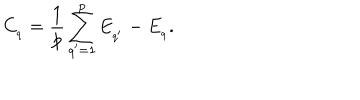
LaTeX: C _ { _ { q } } = \frac { 1 } { p } \sum _ { q ^ { \prime } = 1 } ^ { p } E _ { _ { q ^ { \prime } } } - E _ { _ { q } } .